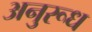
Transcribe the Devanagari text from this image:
अनुरूध